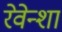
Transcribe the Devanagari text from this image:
रेवेन्शा